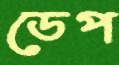
ডেপ